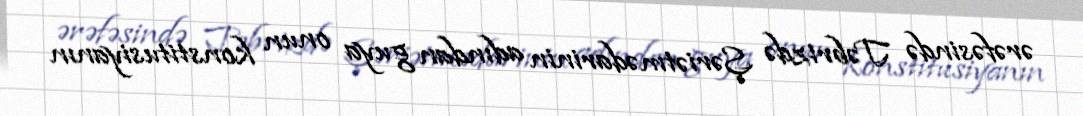
ərəfəsində Təbrizdə Şəriətmədarinin adından guya onun konstitusiyanın